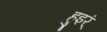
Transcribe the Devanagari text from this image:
हुइर्ं